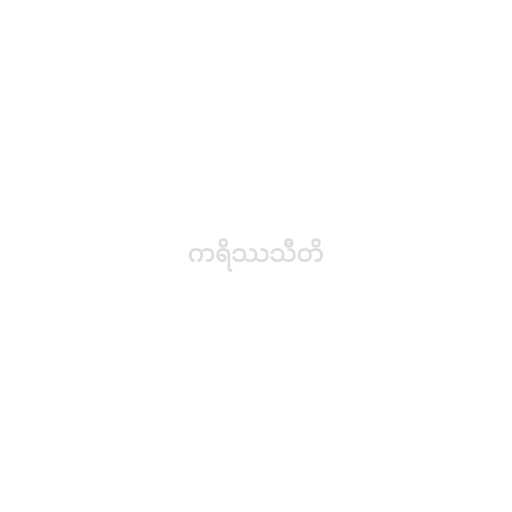
ကရိဿသီတိ